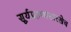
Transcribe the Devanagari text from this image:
सूर्यग्रहणासारखेच